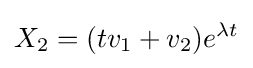
X_{2}=(tv_{1}+v_{2})e^{\lambda t}